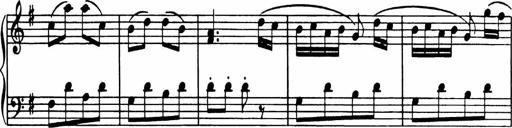
Title: Analytical Sonatinas
Composer: Frank Lynes